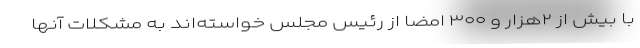
با بیش از ۲هزار و ۳۰۰ امضا از رئیس مجلس خواسته‌اند به مشکلات آنها